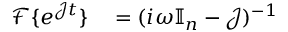
\begin{array} { r l } { \mathcal { F } \{ e ^ { \mathcal { J } t } \} } & { { } = ( i \omega \mathbb { I } _ { n } - \mathcal J ) ^ { - 1 } } \end{array}